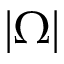
\left| \Omega \right|